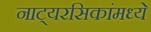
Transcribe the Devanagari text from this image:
नाट्यरसिकांमध्ये